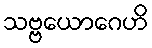
သဗ္ဗယောဂေဟိ